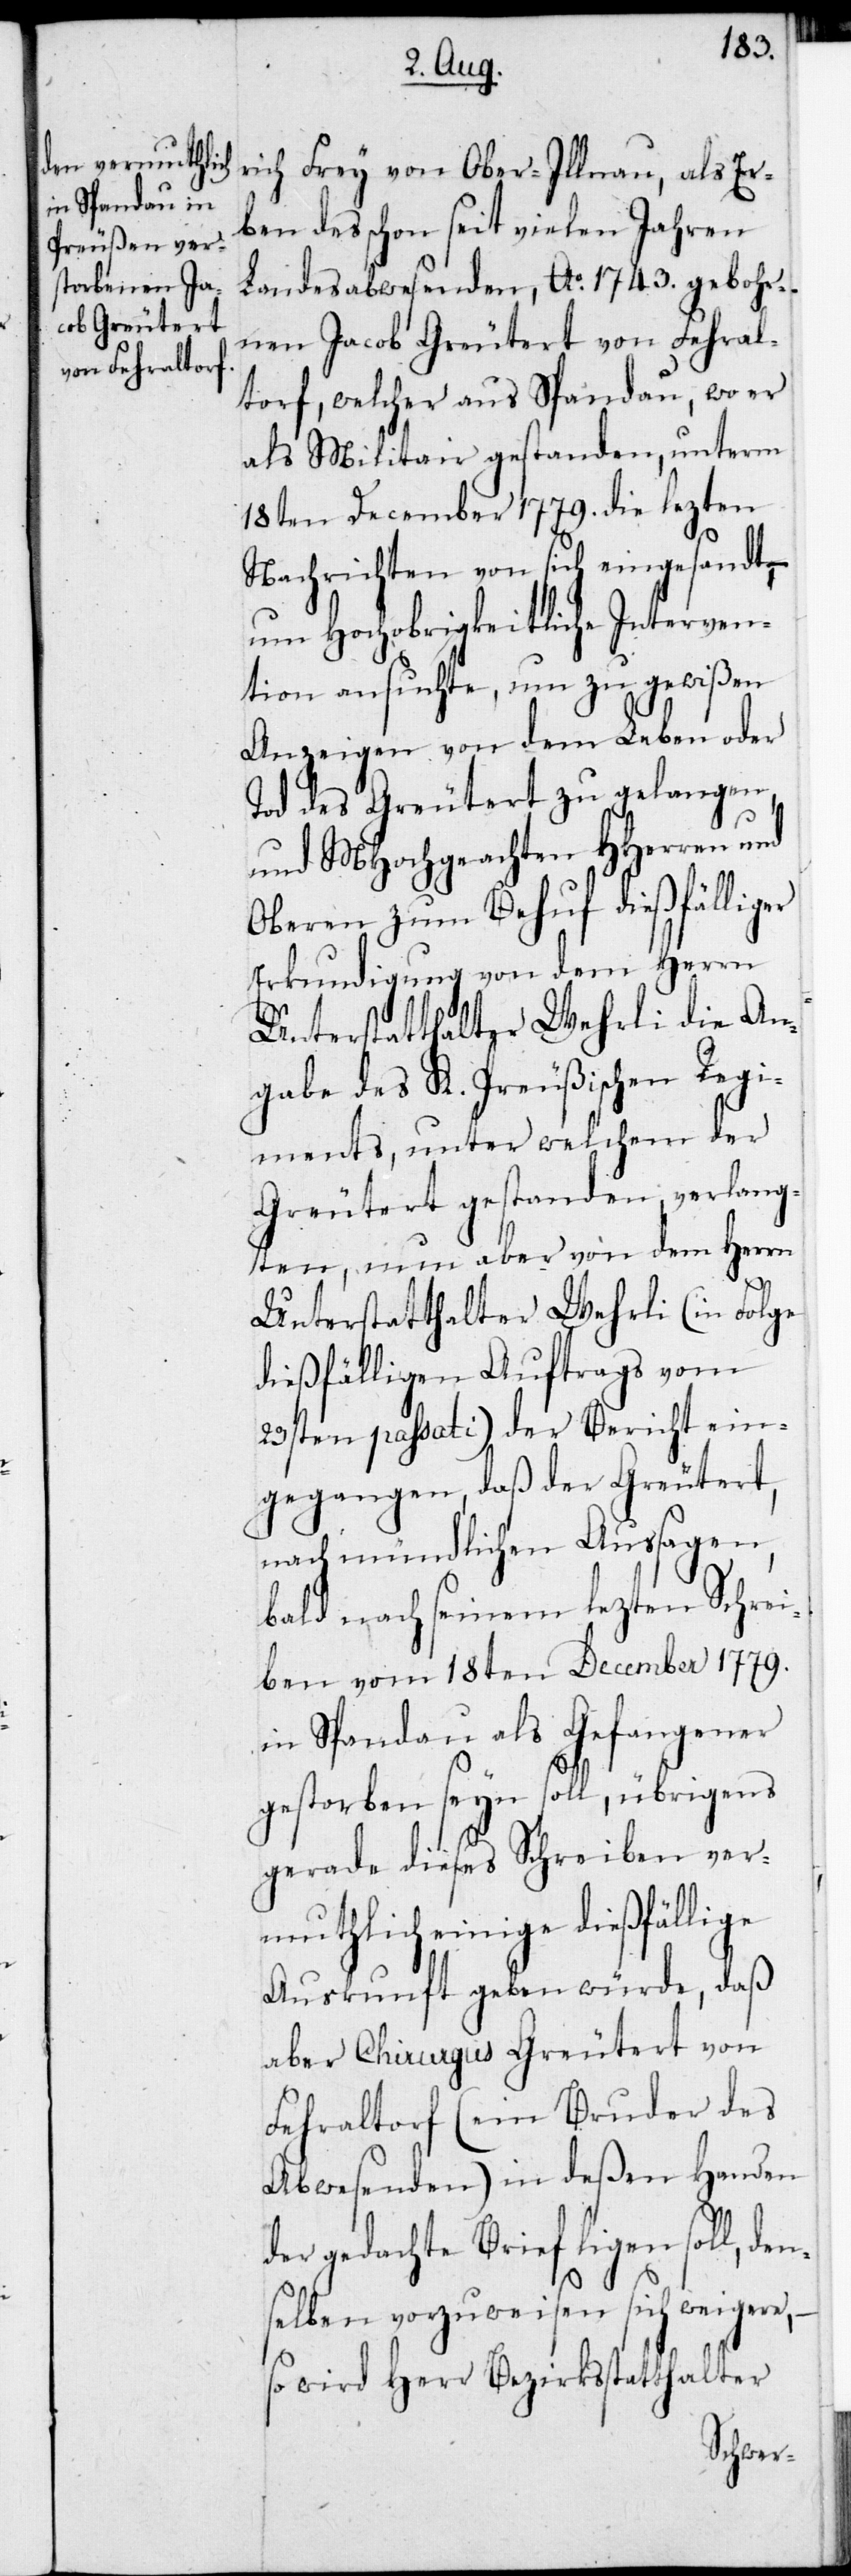
rich Frey von Ober-Illnau, als Er¬
ben des schon seit vielen Jahren
Landesabwesenden, Ao 1713. gebohr¬
nen Jacob Greutert von Fehral¬
torf, welcher aus Spandau, wo er
als Militair gestanden, unterm
18ten December 1779. die lezten
n¬
Nachrichten von sich eingesandt, –
um Hochobrigkeitliche Interven¬
tion ansuchte, um zu gewißen
Anzeigen von dem Leben oder
Tod des Greutert zu gelangen,
und MHochgeachten HHerren und
Oberen zum Behuf dießfälliger
Erkundigung von dem Herrn
Unterstatthalter Wehrli die An¬
gabe des K. Preußischen Regi¬
ments, unter welchem der
Greutert gestanden, verlang¬
ten, nun aber von dem Herrn
Unterstattalter Wehrli (in Folge
dießfälligen Auftrags vom
23sten passati) der Bericht ein¬
gegangen, daß der Greutert,
nach mündlichen Aussagen,
bald nach seinem lezten Schrei¬
ben vom 18ten December 1779.
in Spandau als Gefangener
gestorben seyn soll, übrigens
gerade dieses Schreiben ver¬
muthlich einige dießfällige
Auskunft geben würde, daß
aber Chirurgus Greutert von
Fehraltorf (ein Bruder des
Abwesenden) in deßen Handen
der gedachte Brief ligen soll, de¬
selben vorzuweisen sich weigere,
so wird Herr Bezirksstatthalter